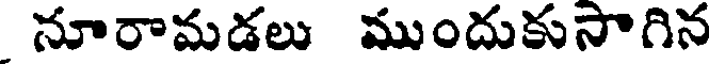
నూరామడలు ముందుకుసాగిన